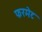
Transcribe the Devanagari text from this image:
फरमेट